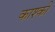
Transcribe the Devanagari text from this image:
काश्की